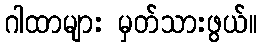
ဂါထာများ မှတ်သားဖွယ်။